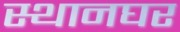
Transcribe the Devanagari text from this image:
स्थानघर